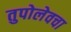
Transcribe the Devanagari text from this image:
तुपोलेवचा